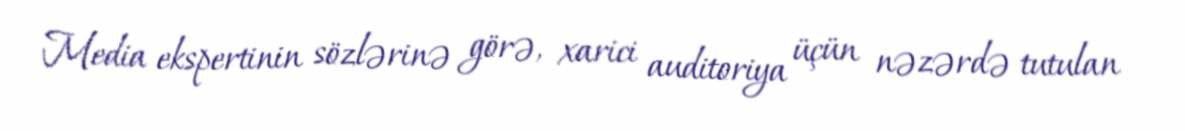
Media ekspertinin sözlərinə görə, xarici auditoriya üçün nəzərdə tutulan